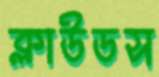
ক্লাউডস